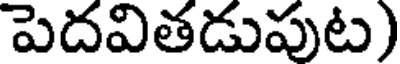
పెదవితడుపుట)